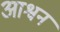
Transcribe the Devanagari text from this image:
आश्वन